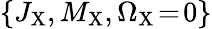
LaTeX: \left\{ J_{\mathrm{X}},M_{\mathrm{X}},\Omega_{\mathrm{X}}\! =\! 0\right\}